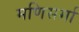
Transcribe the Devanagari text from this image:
मणिसर्मा